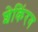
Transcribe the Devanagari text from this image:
शेकिंरग